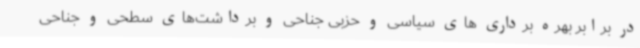
در برابر بهره برداری های سیاسی و حزبی جناحی و برداشت‌های سطحی و جناحی